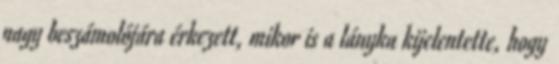
nagy beszámolójára érkezett, mikor is a lányka kijelentette, hogy